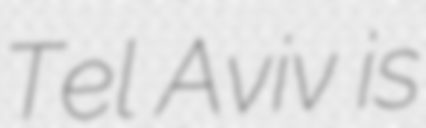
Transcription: Tel Aviv is